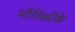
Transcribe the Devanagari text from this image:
भौतिकीके